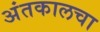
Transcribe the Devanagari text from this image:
अंतकालचा